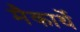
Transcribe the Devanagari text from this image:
मैकार्थे